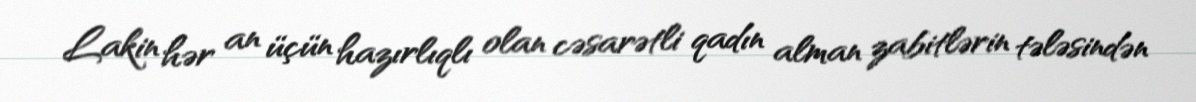
Lakin hər an üçün hazırlıqlı olan cəsarətli qadın alman zabitlərin tələsindən